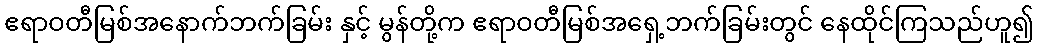
ဧရာဝတီမြစ်အနောက်ဘက်ခြမ်း နှင့် မွန်တို့က ဧရာဝတီမြစ်အရှေ့ဘက်ခြမ်းတွင် နေထိုင်ကြသည်ဟူ၍